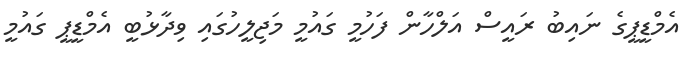
އެމްޑީޕީގެ ނައިބު ރައީސް އަލްހާން ފަހުމީ ގައުމީ މަޖިލީހުގައި ވިދާޅުބީ އެމްޑީޕީ ގައުމީ